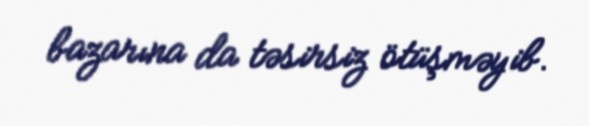
bazarına da təsirsiz ötüşməyib.